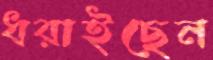
ধরাইছেন